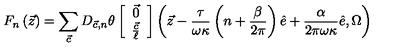
F _ { n } \left( { \vec { z } } \right) = \sum _ { { \vec { c } } } D _ { { \vec { c } } , n } \theta \left[ \begin{array} { c } { { \vec { 0 } } } \\ { \frac { { \vec { c } } } { \ell } } \\ \end{array} \right] \left( { \vec { z } } - \frac { \tau } { \omega \kappa } \left( n + \frac { \beta } { 2 \pi } \right) { \hat { e } } + \frac { \alpha } { 2 \pi \omega \kappa } { \hat { e } } , \Omega \right)